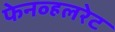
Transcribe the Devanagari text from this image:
फेनव्हलरेट